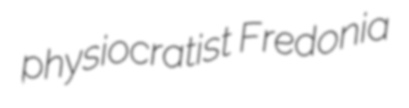
physiocratist Fredonia